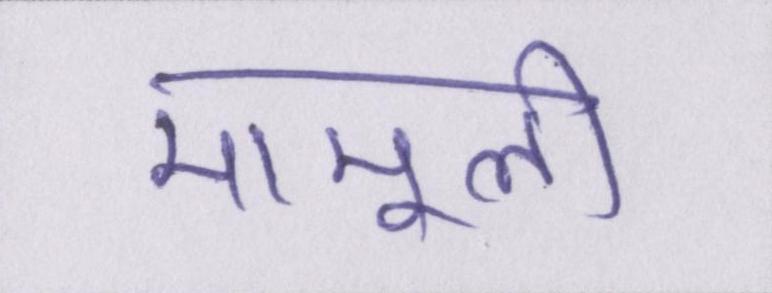
मामूली